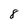
Character: 8